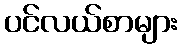
ပင်လယ်စာများ